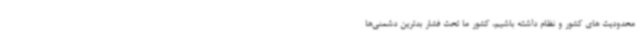
محدودیت های کشور و نظام داشته باشیم، کشور ما تحت فشار بدترین دشمنی‌ها